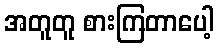
အတူတူ စားကြတာပေါ့